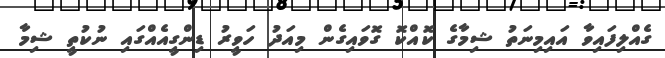
ގެއްލިފައިވާ އައިމިނަތު ޝިމާގެ ކޮއްކޮ ގޮވައިގެން މިއަދު ހަވީރު ޑިންގީއެއްގައި ނުކުތީ ޝިމާ